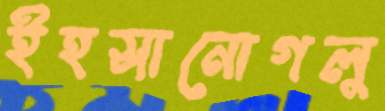
ইহসানোগলু